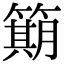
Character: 𫂣